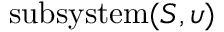
\mathrm { s u b s y s t e m } ( S , \upsilon )